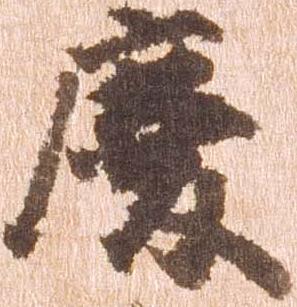
慶